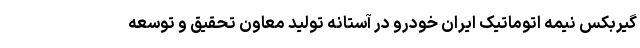
گیربکس نیمه اتوماتیک ایران خودرو در آستانه تولید معاون تحقیق و توسعه